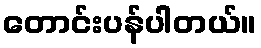
တောင်းပန်ပါတယ်။